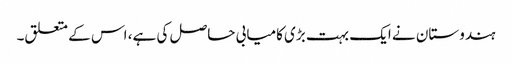
ہندوستان نے ایک بہت بڑی کامیابی حاصل کی ہے، اس کے متعلق۔